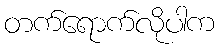
တက်ရောက်လိုပါက